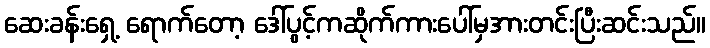
ဆေးခန်းရှေ့ ရောက်တော့ ဒေါ်ပွင့်ကဆိုက်ကားပေါ်မှအားတင်းပြီးဆင်းသည်။